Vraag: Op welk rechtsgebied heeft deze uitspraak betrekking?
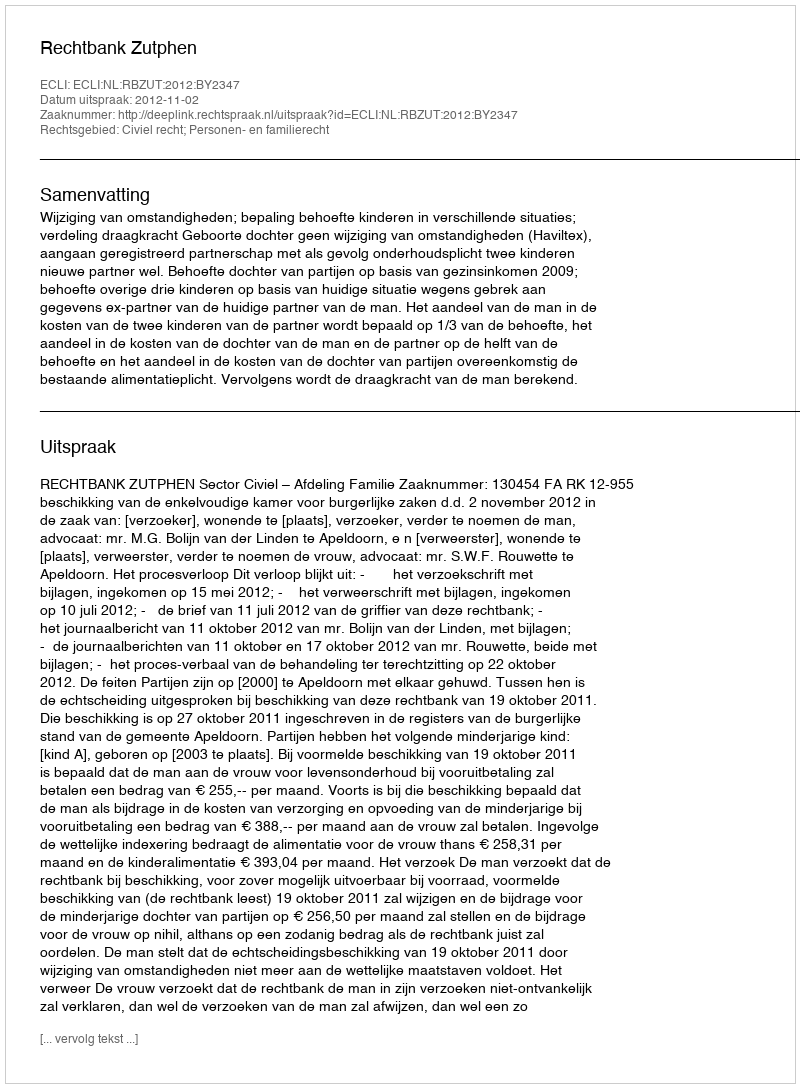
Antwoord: Civiel recht; Personen- en familierecht